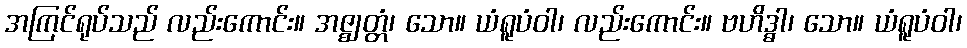
အကြင်ရုပ်သည် လည်းကောင်း။ အဇ္ဈတ္တံ၊ သော။ ယံရူပံဝါ၊ လည်းကောင်း။ ဗဟိဒ္ဓါ၊ သော။ ယံရူပံဝါ၊